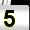
Digit: 5